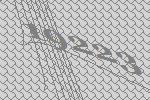
19223